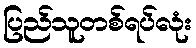
ပြည်သူတစ်ရပ်လုံး